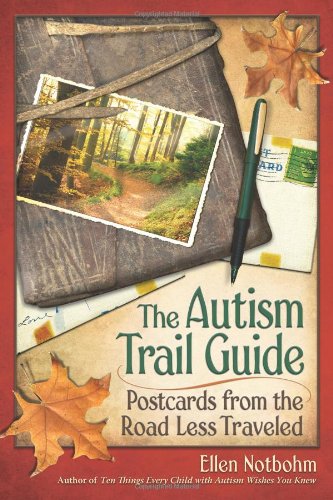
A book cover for The Autism Trail Guide: Postcards from the Road Less Traveled; Ellen Notbohm; Health, Fitness & Dieting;